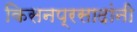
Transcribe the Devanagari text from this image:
किसनप्रसादांनी